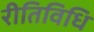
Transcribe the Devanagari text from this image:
रीतिविधि